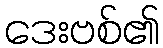
ဒေးဗစ်၏